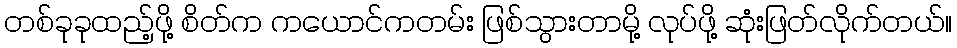
တစ်ခုခုထည့်ဖို့ စိတ်က ကယောင်ကတမ်း ဖြစ်သွားတာမို့ လုပ်ဖို့ ဆုံးဖြတ်လိုက်တယ်။